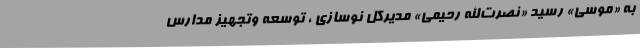
به «موسی» رسید «نصرت‌الله رحیمی» مدیرکل نوسازی ، توسعه وتجهیز مدارس